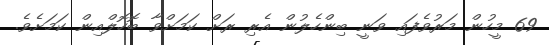
69 މީހުން މަރުވެފައި ވަނީ ބިންހެލުން އެރި ރަށް ކަމަށްވާ ބޮހޮލްއިން ކަމަށެވެ.